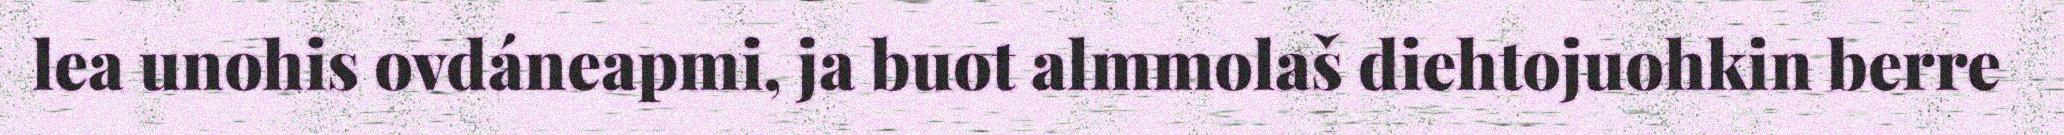
lea unohis ovdáneapmi, ja buot almmolaš diehtojuohkin berre